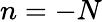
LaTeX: n=-N